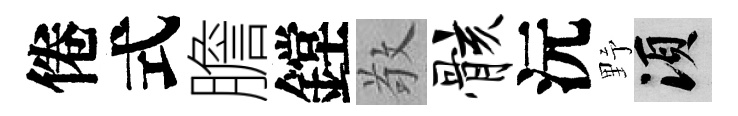
倦式膽鏜敬骸沅野須